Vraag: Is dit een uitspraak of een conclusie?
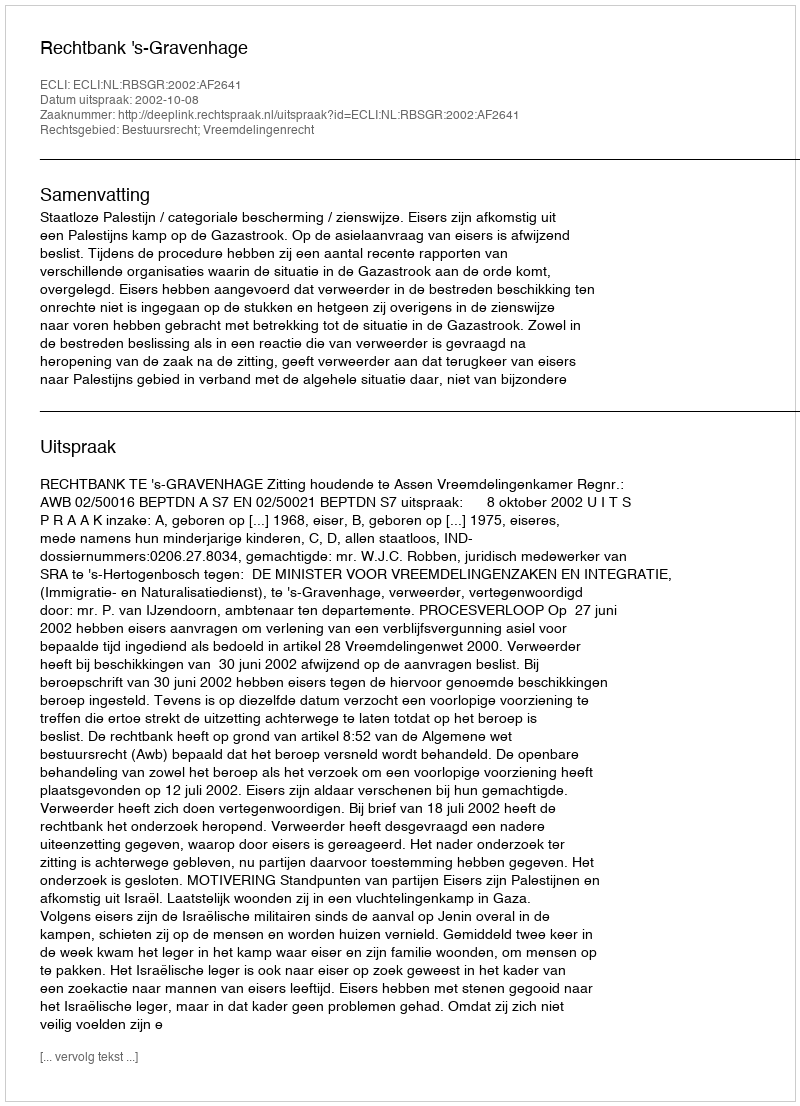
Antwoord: Uitspraak